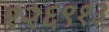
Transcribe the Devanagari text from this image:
१२६९१३